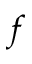
f